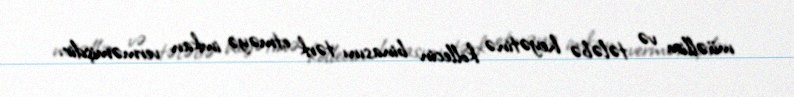
müəllim və tələbə heyətinə kollecin binasını tərk etməyə imkan verməmişdir.